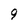
Character: 9